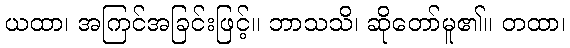
ယထာ၊ အကြင်အခြင်းဖြင့်။ ဘာသသိ၊ ဆိုတော်မူ၏။ တထာ၊